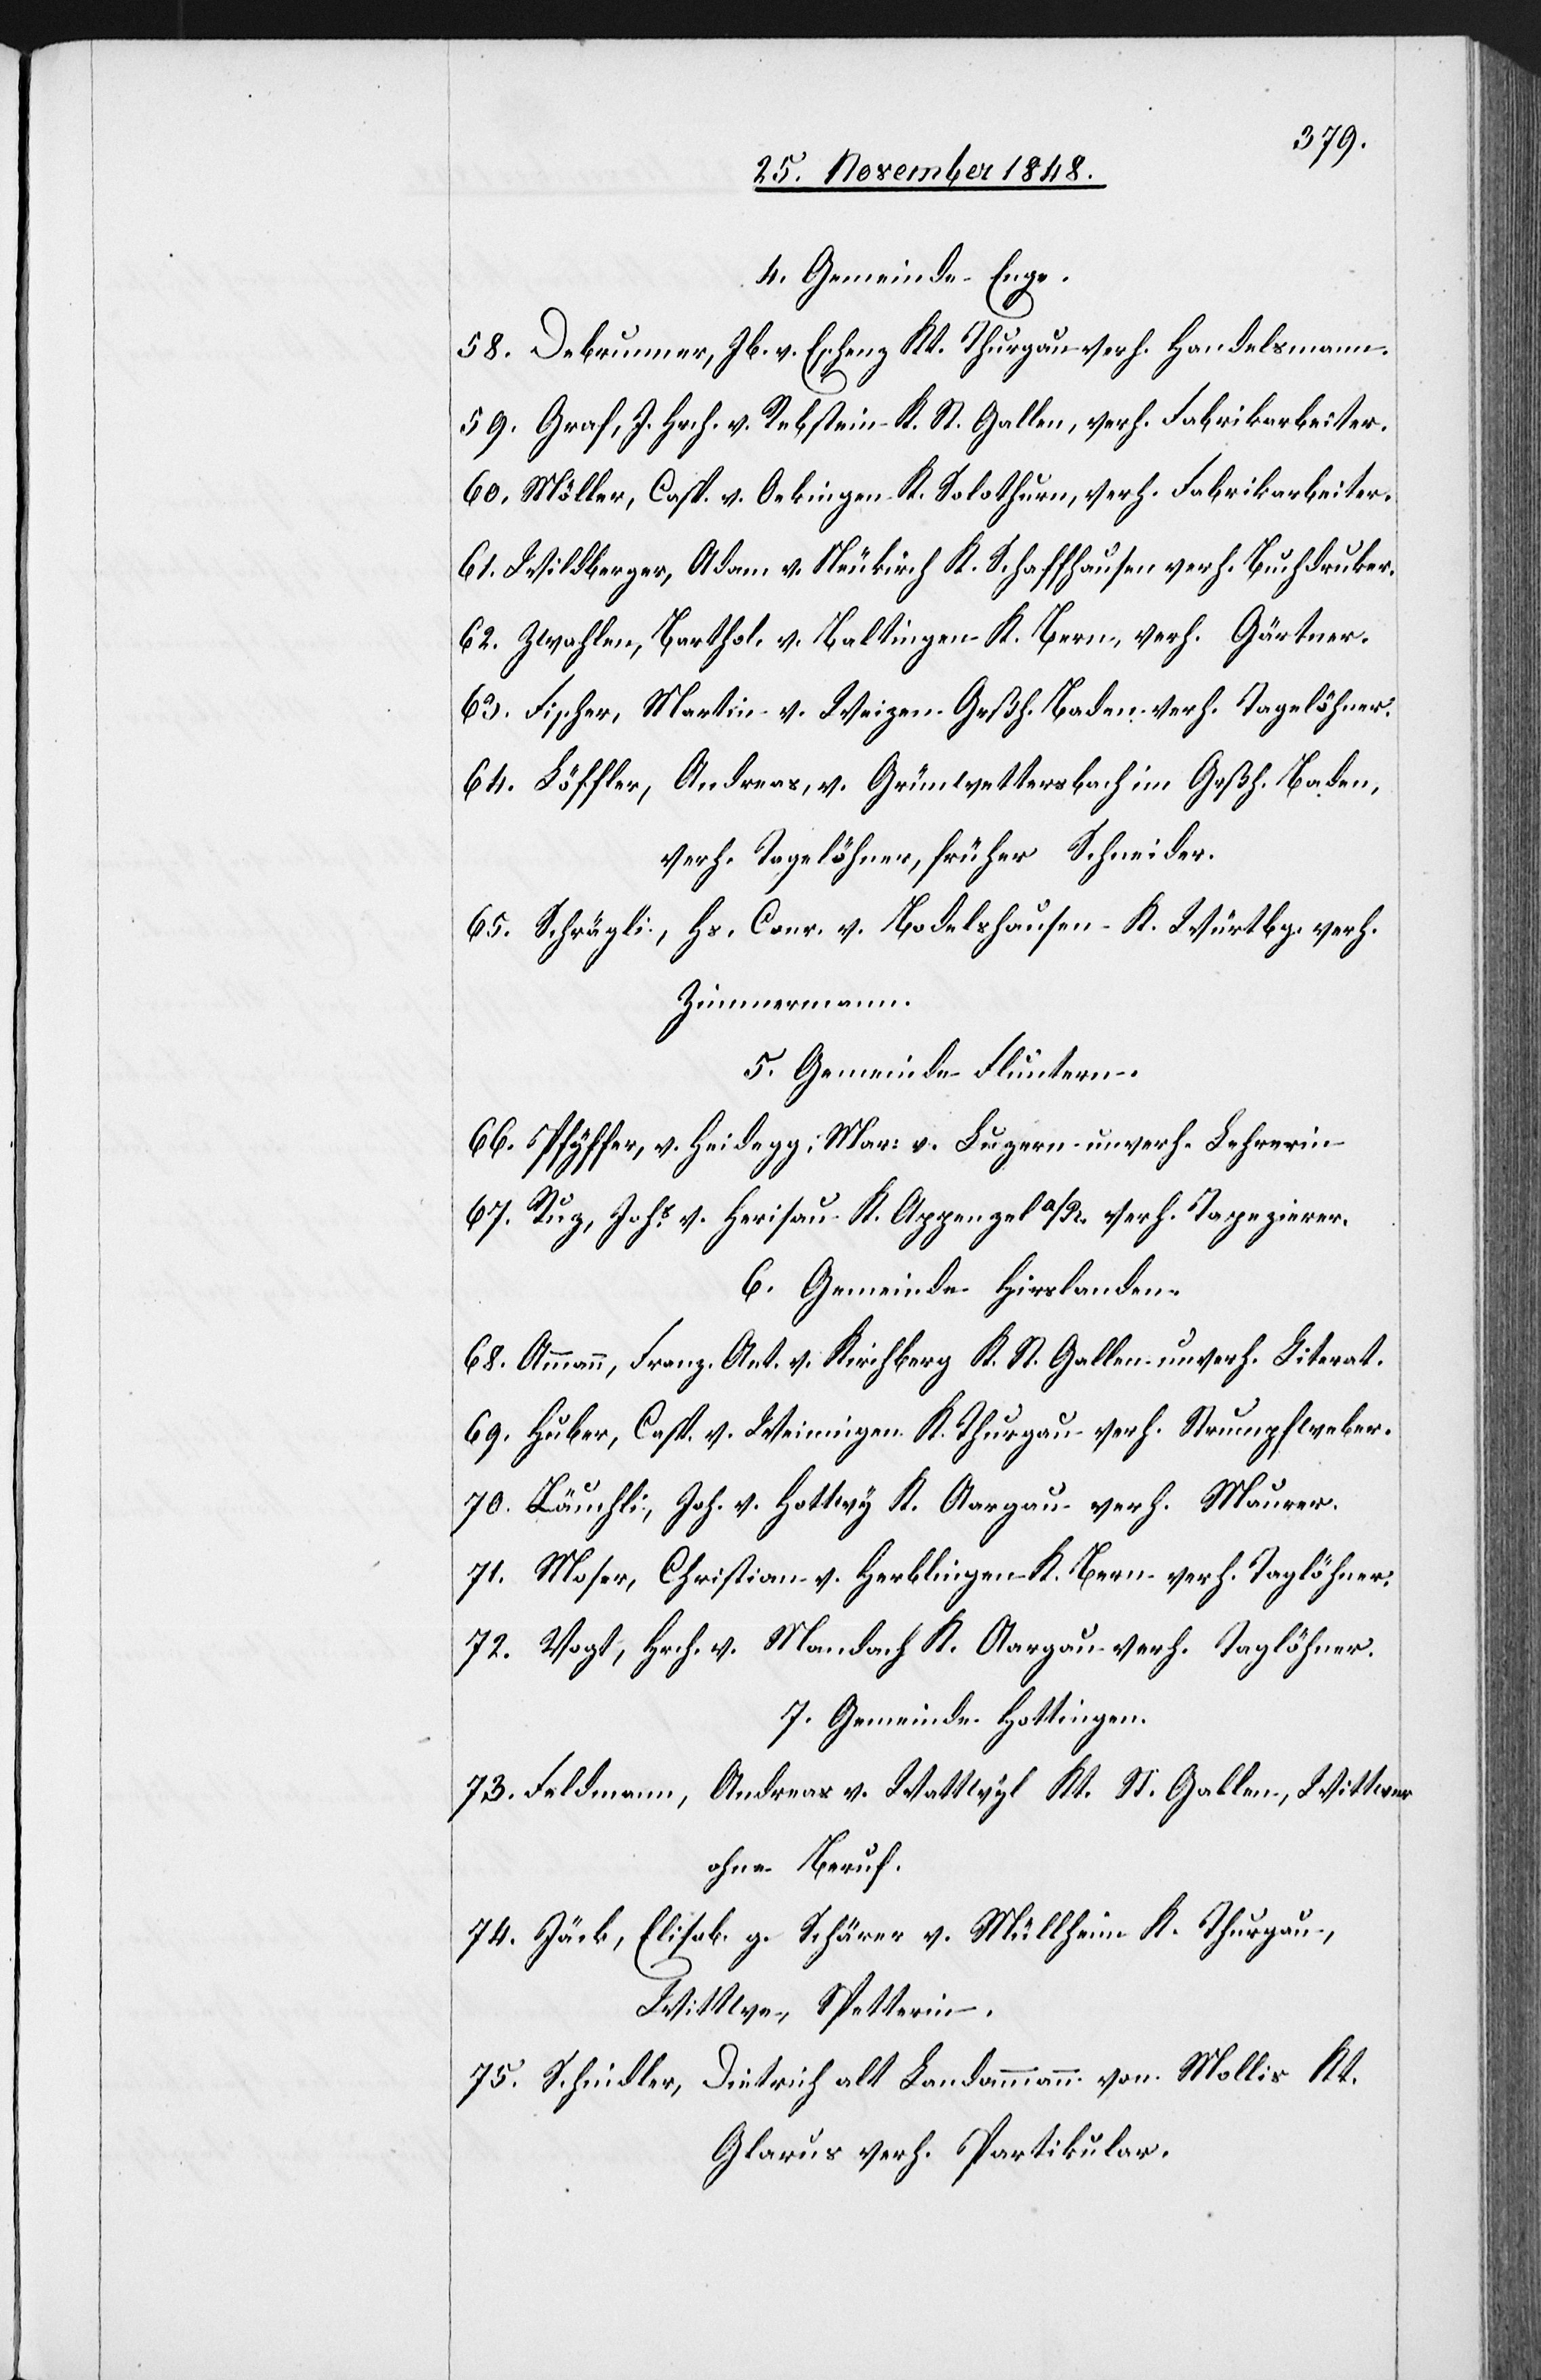
4. Gemeinde Enge.
58. Debrunner, Jb. v. Eschenz Kt. Thurgau verh. Handelsmann.
59. Graf, J. Hrch. v. Rebstein K. St. Gallen, verh. Fabrikarbeiter.
60. Möller, Casp. v. Oekingen K. Solothurn, verh. Fabrikarbeiter.
61. Wildberger, Adam v. Neukirch K. Schaffhausen verh. Buchdruker.
62. Zwahlen, Barthol. v. Baltingen K. Bern, verh. Gärtner.
63. Fischer, Martin v. Weizen Grßh. Baden verh. Tagelöhner.
64. Löffler, Andreas, v. Grünwettersbach im Grßh. Baden,
verh. Tagelöhner, früher Schneider.
65. Schrägli, Hs. Conr. v. Bodelshausen K. Würtbg. verh.
Zimmermann.
5. Gemeinde Fluntern.
66. Pfyffer, v. Heidegg, Mar. v. Luzern unverh. Lehrerin
67. Ruz, Johs v. Herisau K. Appenzell a/R. verh. Tapezierer.
6. Gemeinde Hirslanden.
68. Ammann, Franz Ant. v. Kirchberg K. St. Gallen unverh. Literat.
69. Huber, Casp. v. Weiningen K. Thurgau verh. Strumpfweber.
70. Läuchli, Joh. v. Hottwy K. Aargau verh. Maurer.
71. Moser, Christian v. Herblingen K. Bern verh. Taglöhner.
72. Vogt, Hrch. v. Mandach K. Aargau verh. Taglöhner.
7. Gemeinde Hottingen.
73. Feldmann, Andreas v. Wattwyl Kt. St. Gallen, Wittwer
ohne Beruf.
74. Jäck, Elisab. g. Schärer v. Müllheim K. Thurgau,
Wittwe, Spetterin.
75. Schindler, Dietrich alt Landammann von Mollis Kt.
Glarus verh. Partikular.